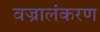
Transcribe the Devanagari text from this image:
वज्रालंकरण